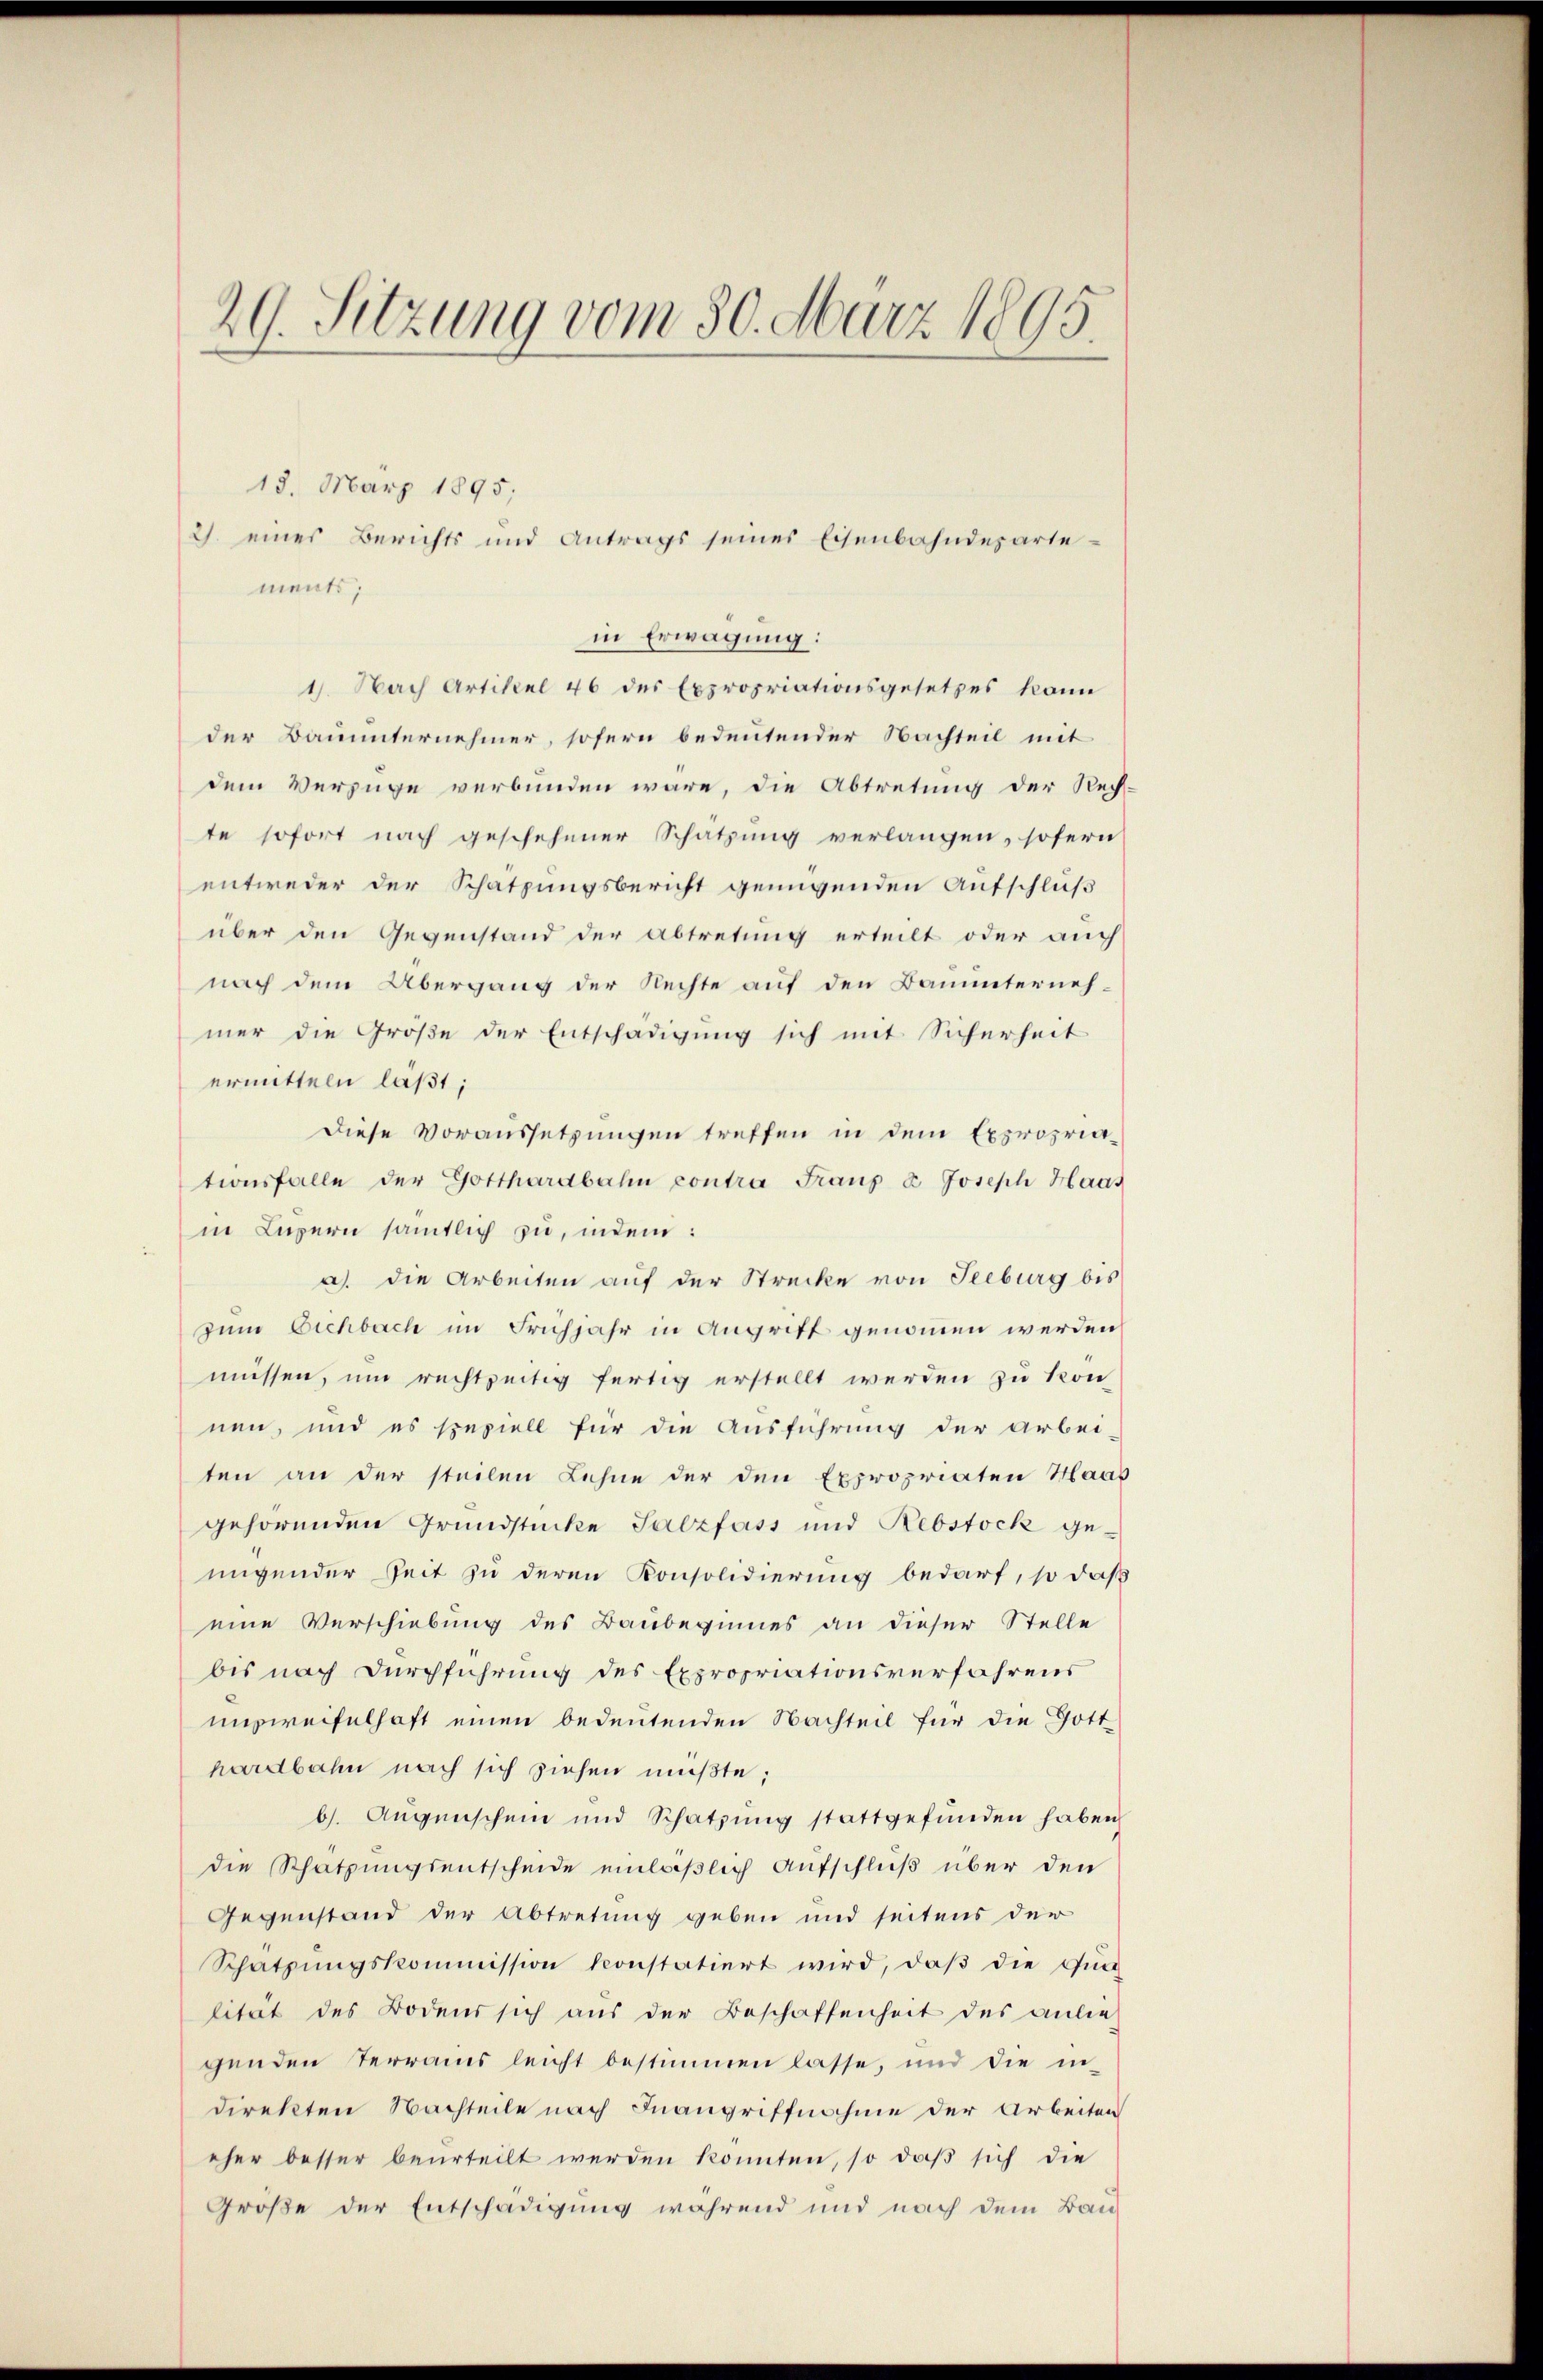
29. Sitzung vom 30. März 1895.

18. März 1895;
in Erwägung:
1. Nach Artikel 46 des Expropriationsgesetzes kann
der Bauunternehmer, sofern bedeutender Nachteil mit
dem Verzüge verbunden wäre, die Abtretung der Rech
te sofort nach geschehener Schätzung verlangen, sofern
entweder der Schatzungsbericht genügenden Aufschluß
über den Gegenstand der Abtretung erteilt oder auch
nach dem Übergang der Rechte auf den Bauunternehmer die Größe der Entschädigung sich mit Sicherheit
ermitteln laßt;
Diese Voraussetzungen treffen in dem Expropria-
tionsfalle der Gotthardbahn contra Franz u. Joseph Haas
in Luzern sämtlich zu, indem:
a). Die Arbeiten auf der Strecke von Seeburg bis
zum Eichbach im Frühjahr in Angriff genommen werden
müssen, um rechtseitig fertig erstellt werden zu kon
nen, und es speziell für die Ausführung der Arbei-
ten an der steilen Lehne der den Expropriaten Haas
gehörenden Grundstücke Salzfass und Rebstock geungender Zeit zu deren Konsolidierung bedarf, so daß
eine Verschiebung des Baubeginnes an dieser Stelle
bis nach Durchführung des Expropriationsverfahrens
unzweifelhaft einen bedeutenden Nachteil für die Gott
hardbahn nach sich ziehen müßte;
b. Aŭgenschein und Schatzŭng stattgefŭnden haben
die Schatzungsentscheide einläßlich Aufschluß über den
Gegenstand der Abtretung geben und seitens der
Schatzŭngskommission konstatiert wird, daβ die Fŭn
lität des Bodens sich aus der Beschaffenheit des anliegenden Terrains leicht bestimmen lasse, und die in-
direkten Nachteile nach Inangriffnahme der Arbeiten
eher besser beurteilt werden konnten, so daß sich die
Größe der Entschädigung während und nach dem Bau-

ments;

2) eines Berichts und Antrags seines Eisenbahndesarte¬